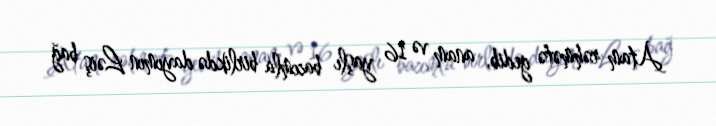
Atam rəhmətə gedib, anam və 16 yaşlı bacımla birlikdə dayımın Ləiş bağ